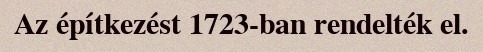
Az építkezést 1723-ban rendelték el.